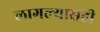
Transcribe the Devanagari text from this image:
लागल्यासही